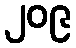
၂၀၉